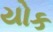
યોક